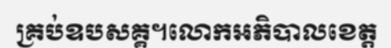
គ្រប់ឧបសគ្គ។លោកអភិបាលខេត្ត